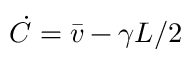
\dot { C } = \bar { v } - \gamma L / 2